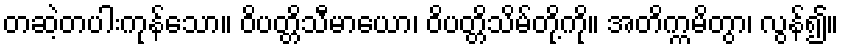
တဆဲ့တပါးကုန်သော။ ဝိပတ္တိသီမာယော၊ ဝိပတ္တိသိမ်တို့ကို။ အတိက္ကမိတွာ၊ လွန်၍။